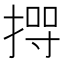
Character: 𢰊